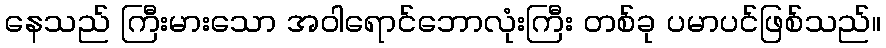
နေသည် ကြီးမားသော အဝါရောင်ဘောလုံးကြီး တစ်ခု ပမာပင်ဖြစ်သည်။